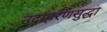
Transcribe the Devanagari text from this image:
उदाहरणसुद्धा